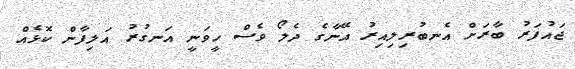
ޖައުފަރު ބާރަށް އެނބުރިލިއިރު އޭނާގެ ދެލޯ ވެސް ހީވަނީ އަނގުރު އަލިފާން ކޮޅެއް